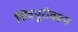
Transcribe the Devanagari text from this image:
शिवपुरीवरून